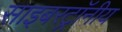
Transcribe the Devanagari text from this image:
साइबरट्राॅनीय